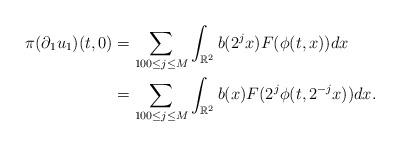
LaTeX: \begin{align*} \pi (\partial_1 u_1)(t,0) &= \sum_{100\le j\le M} \int_{\mathbb R^2} b(2^j x) F(\phi(t,x)) dx \\ & = \sum_{100 \le j\le M} \int_{\mathbb R^2} b(x) F(2^j \phi(t,2^{-j} x) ) dx.\end{align*}